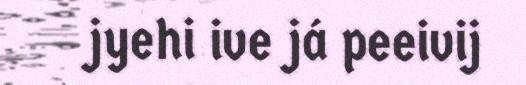
jyehi ive já peeivij